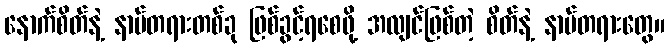
နောက်စိတ်နဲ့ နာမ်တရားတစ်ခု ဖြစ်ခွင့်ရစေဖို့ အလျင်ဖြစ်တဲ့ စိတ်နဲ့ နာမ်တရားတွေ။